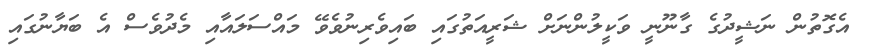
އެގޮތުން ނަޝީދުގެ ގާނޫނީ ވަކީލުންނަށް ޝަރީއަތުގައި ބައިވެރިނުވެވޭ މައްސަލައާއި މެދުވެސް އެ ބަޔާނުގައި